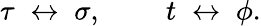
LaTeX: \tau\; \leftrightarrow\; \sigma,\; \; \; \; \; \; \; \; t\; \leftrightarrow\; \phi.